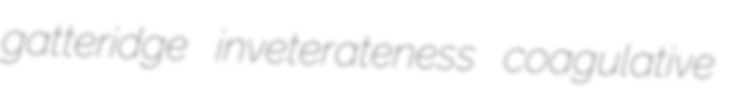
gatteridge inveterateness coagulative